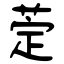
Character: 萣